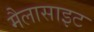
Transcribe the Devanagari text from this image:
मैलासाइट